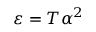
\varepsilon = T \alpha ^ { 2 }